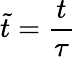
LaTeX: \tilde{t}=\frac{t}{\tau}